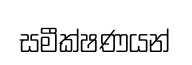
සමීක්ෂණයන්